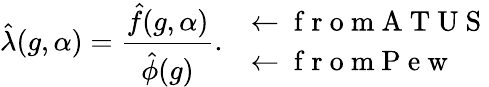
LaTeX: \hat{\lambda}(g,\alpha)=\frac{\hat{f}(g,\alpha)}{\hat{\phi}(g)}.\quad\begin{array}{l}{\leftarrow\mathrm{~f~r~o~m~A~T~U~S~}}\\ {\leftarrow\mathrm{~f~r~o~m~P~e~w~}}\end{array}